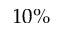
1 0 \%